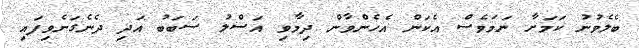
ބެލެވުނު ކަމަށާ ނަމަވެސް އެކަން އެހެންވާން ދިމާވި އަސްލު ސަބަބު އަދި ދެނެގަނެވިފައި